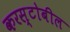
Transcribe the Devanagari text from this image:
करस्टोबील